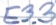
Text: E3.3